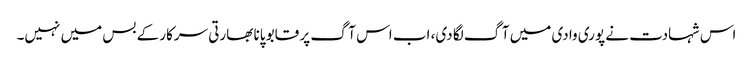
اس شہادت نے پوری وادی میں آگ لگا دی، اب اس آگ پر قابو پانا بھارتی سرکار کے بس میں نہیں۔